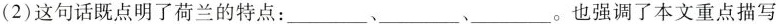
(2)这句话既点明了荷兰的特点：___、___、___。也强调了本文重点描写